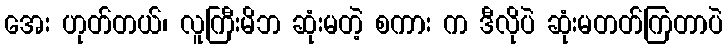
အေး ဟုတ်တယ်၊ လူကြီးမိဘ ဆုံးမတဲ့ စကား က ဒီလိုပဲ ဆုံးမတတ်ကြတာပဲ